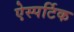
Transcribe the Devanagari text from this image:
ऐस्पर्टिक